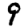
Digit: 9